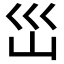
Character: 𭗼